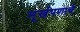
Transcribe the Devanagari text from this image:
मूर्खपणाचे